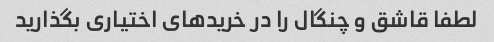
لطفا قاشق و چنگال را در خرید‌های اختیاری بگذارید